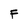
Character: F